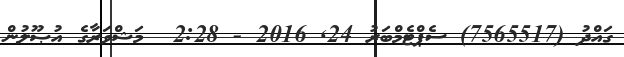
ގައްދު (7565517) ސެޕްޓެމްބަރު 24